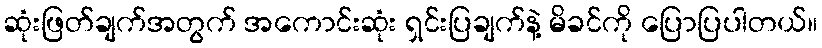
ဆုံးဖြတ်ချက်အတွက် အကောင်းဆုံး ရှင်းပြချက်နဲ့ မိခင်ကို ပြောပြပါတယ်။